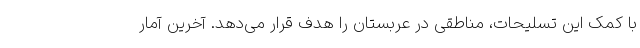
با کمک این تسلیحات، مناطقی در عربستان را هدف قرار می‌دهد. آخرین آمار